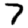
Digit: 7